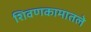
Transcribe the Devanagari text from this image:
शिवणकामातले